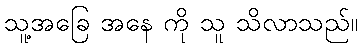
သူ့အခြေ အနေ ကို သူ သိလာသည်။